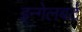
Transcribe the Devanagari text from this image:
इन्गेलबर्ट